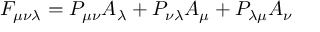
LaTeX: F _ { \mu \nu \lambda } = P _ { \mu \nu } A _ { \lambda } + P _ { \nu \lambda } A _ { \mu } + P _ { \lambda \mu } A _ { \nu }